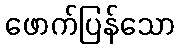
ဖောက်ပြန်သော